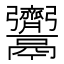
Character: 𩱳